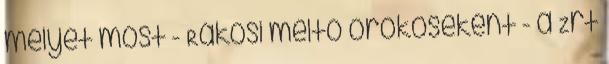
melyet most - Rákosi méltó örököseként - a Zrt